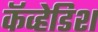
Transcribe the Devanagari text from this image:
कॅव्हेडिश